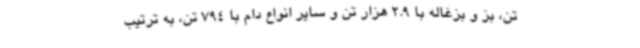
تن، بز و بزغاله با 2.9 هزار تن و سایر انواع دام با 794 تن، به ‌ترتیب